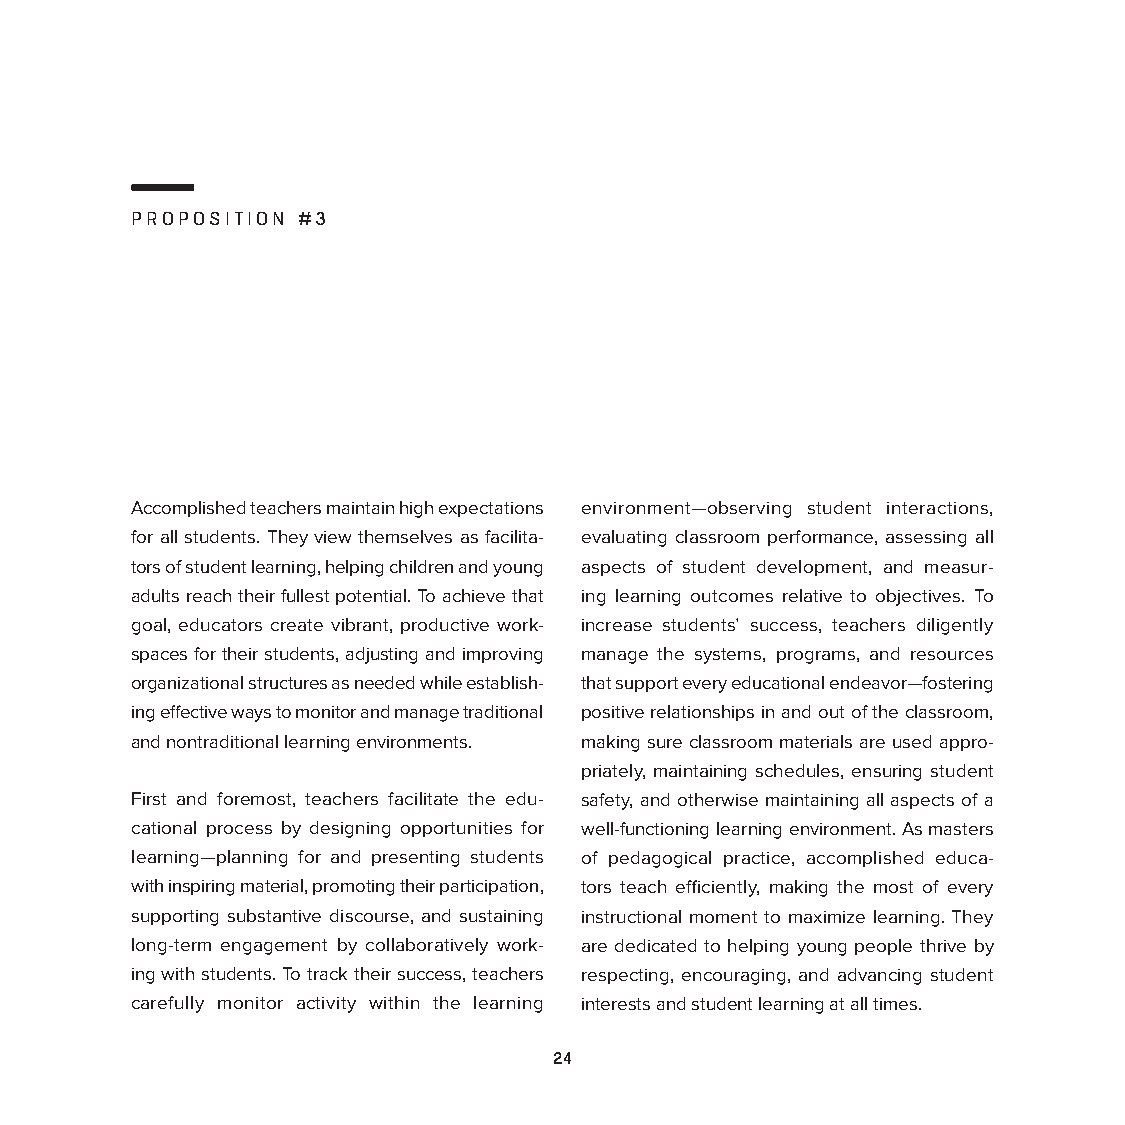
PROPOSITION #3
 Accomplished teachers maintain high expectations environment—observing student interactions,
 for all students. They view themselves as facilita- evaluating classroom performance, assessing all
 tors of student learning, helping children and young aspects of student development, and measur-
 adults reach their fullest potential. To achieve that ing learning outcomes relative to objectives. To
 goal, educators create vibrant, productive work- increase students’ success, teachers diligently
 spaces for their students, adjusting and improving manage the systems, programs, and resources
 organizational structures as needed while establish- that support every educational endeavor—fostering
 ing effective ways to monitor and manage traditional positive relationships in and out of the classroom,
 and nontraditional learning environments. making sure classroom materials are used appro-
 priately, maintaining schedules, ensuring student
 First and foremost, teachers facilitate the edu- safety, and otherwise maintaining all aspects of a
 cational process by designing opportunities for well-functioning learning environment. As masters
 learning—planning for and presenting students of pedagogical practice, accomplished educa-
 with inspiring material, promoting their participation, tors teach efficiently, making the most of every
 supporting substantive discourse, and sustaining instructional moment to maximize learning. They
 long-term engagement by collaboratively work- are dedicated to helping young people thrive by
 ing with students. To track their success, teachers respecting, encouraging, and advancing student
 carefully monitor activity within the learning interests and student learning at all times.
 24